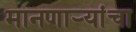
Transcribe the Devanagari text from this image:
मानणार्‍यांचा